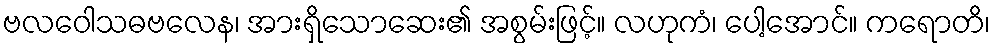
ဗလဝေါသဓဗလေန၊ အားရှိသောဆေး၏ အစွမ်းဖြင့်။ လဟုကံ၊ ပေါ့အောင်။ ကရောတိ၊